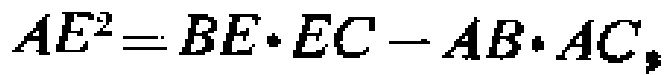
\(AE^{2}=BE\cdot EC - AB\cdot AC\)